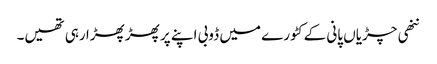
ننھی چڑیاں پانی کے کٹورے میں ڈوبی اپنے پر پھڑ پھڑا رہی تھیں۔